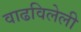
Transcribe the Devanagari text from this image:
वाढविलेली